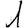
Digit: 1